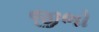
જીભો